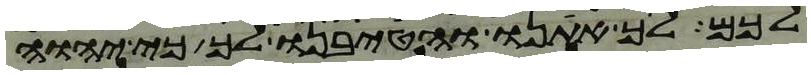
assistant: לכם לך אתנו והטיבנו לך כי יהוה